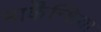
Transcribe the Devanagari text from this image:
मार्केंन्शिया